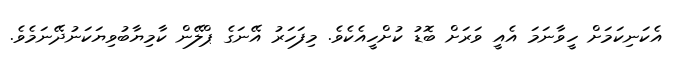
އެކަނިކަމަށް ހީވާނަމަ އެއީ ވަރަށް ބޮޑު ކުށްހީއެކެވެ. މިފަހަރު އޭނަގެ ޕްލޭން ކާމިޔާބުވިޔަކަނުދޭނަމެވެ.